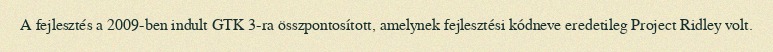
A fejlesztés a 2009-ben indult GTK 3-ra összpontosított, amelynek fejlesztési kódneve eredetileg Project Ridley volt.